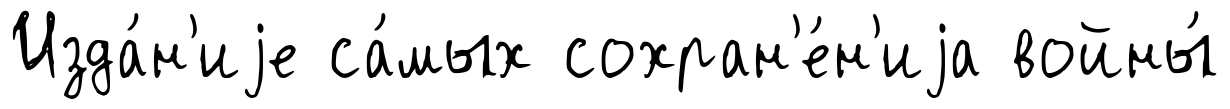
Изда́н'иjе са́мых сохран'е́н'иjа войны́